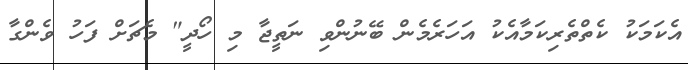
އެކަމަކު ކެތްތެރިކަމާއެކު އަހަރެމެން ބޭނުންވި ނަތީޖާ މި ހޯދީ" މެޗަށް ފަހު ވެންގާ